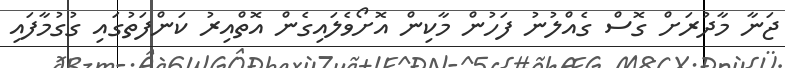
ޖަނާ މާދުރަށް ގޮސް ގެއްލުނު ފަހުން މާކިން އޮށޯވެލައިގެން އޮތްއިރު ކަންފަތުގައި ގުގުމާފައި